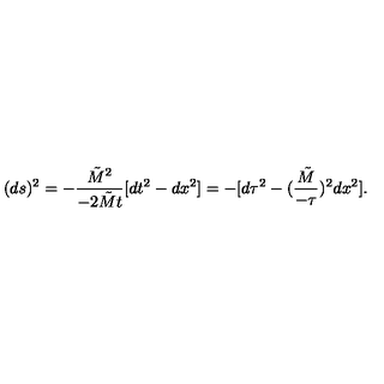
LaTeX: ( d s ) ^ { 2 } = - { \frac { { \tilde { M } } ^ { 2 } } { - 2 { \tilde { M } } t } } [ d t ^ { 2 } - d x ^ { 2 } ] = - [ d \tau ^ { 2 } - ( { \frac { \tilde { M } } { - \tau } } ) ^ { 2 } d x ^ { 2 } ] .